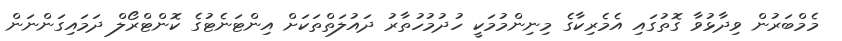
މެމްބަރުން ވިދާޅުވާ ގޮތުގައި އެމެރިކާގެ މިނިންމުމަކީ ހުދުމުހުތާރު ދައުލަތްތަކަށް އިންޓަނެޓުގެ ކޮންޓްރޯލް ދަމައިގަންނަން